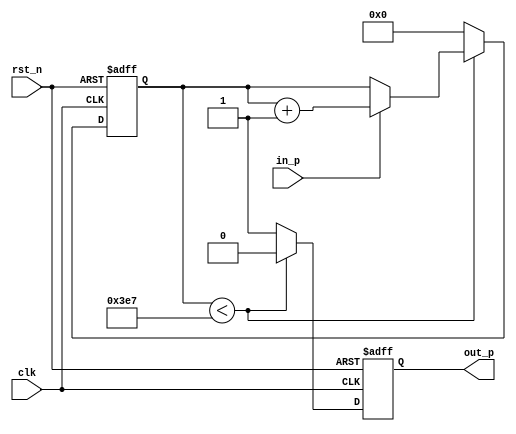
`timescale 1ns/1ps
//////////////////////////////////////////////////////////////////////////////////
// Company:         Beijing ICfusion technology Co.Ltd
// Website:         http://icfusion.com/
//
// Design Name:     weide
// Target Devices:  PRA006
// Tool Versions:   Quartus Prime 18.1
//
// Module Name:     freq_div_in_pul
// Project Name:    
// Description:     freq_div_in_pul module
// 
// Dependencies: 
// Revision:
// Additional Comments: DIV_COEF must be LESS THAN 65535.
// 
//////////////////////////////////////////////////////////////////////////////////

module freq_div_in_pul #
(
	parameter		DIV_COEF = 1000
)
(
	input				clk,							//50MHz
	input				rst_n,						//
	input				in_p,							//
	output	reg	out_p							//
);

reg	[15:0]	div_cnt;					  		//

//=======================================================
//DIV_COEF
always @ (posedge clk or negedge rst_n)
	if (~rst_n)										//
	begin
		div_cnt <= 0;								//
		out_p <= 1'b0;								//
	end
	else 												//
	begin
		if (div_cnt < (DIV_COEF - 1)) 		//1
		begin
			out_p <= 0;								//0
			if (in_p)								//
				div_cnt <= div_cnt + 1;			//1
		end
		else											//1
		begin
			div_cnt <= 0;							//
			out_p <= 1;								//
		end
	end	
endmodule